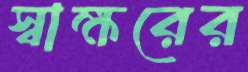
স্বাক্ষরের